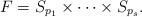
LaTeX: \begin{align*} F = S_{p_1} \times \cdots \times S_{p_s}.\end{align*}